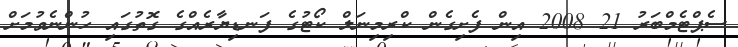
ސެޕްޓެމްބަރު 21 2008 އިން ފެށިގެން ކްރިމިނަލް ކޯޓުގެ ފަނޑިޔާރެއްގެ ގޮތުގައި ހުންނެވުމަށް